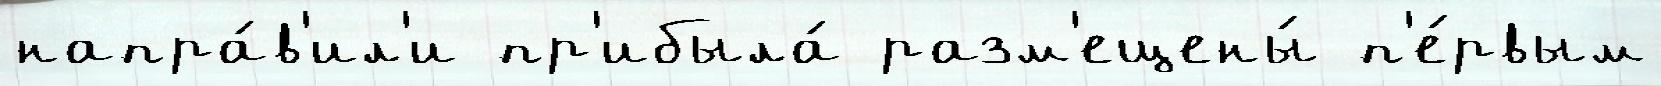
напра́в'ил'и пр'ибыла́ разм'ещены́ п'е́рвым